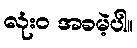
လုံးဝ အခမဲ့ပါ။